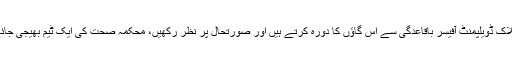
ڈپٹی ڈسٹرکٹ مجسٹریٹ، ریجنل آفیسر، بلاک ڈویلپمنٹ آفیسر باقاعدگی سے اس گاؤں کا دورہ کرتے ہیں اور صورتحال پر نظر رکھیں، محکمہ صحت کی ایک ٹیم بھیجی جائے جو ان کی صحت کی اسکریننگ کرے۔